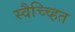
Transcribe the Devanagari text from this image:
स्वैच्च्हित